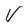
Character: V